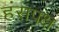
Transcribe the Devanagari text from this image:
हंसपक्ष